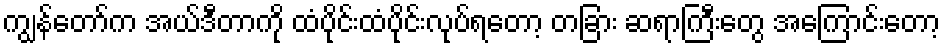
ကျွန်တော်က အယ်ဒီတာကို ထံပိုင်းထံပိုင်းလုပ်ရတော့ တခြား ဆရာကြီးတွေ အကြောင်းတော့